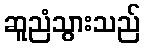
ဆူညံသွားသည်